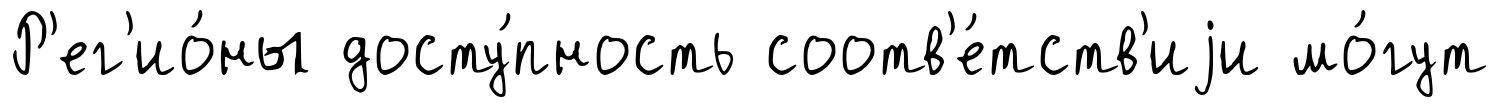
Р'ег'ио́ны досту́пность соотв'е́тств'иjи мо́гут